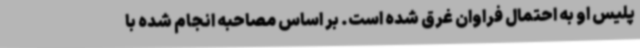
پلیس او به احتمال فراوان غرق شده است. بر اساس مصاحبه انجام شده با